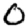
Digit: 0